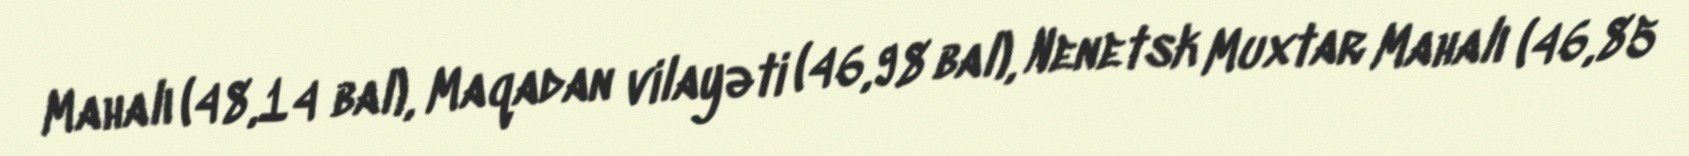
Mahalı (48,14 bal), Maqadan vilayəti (46,98 bal), Nenetsk Muxtar Mahalı (46,85